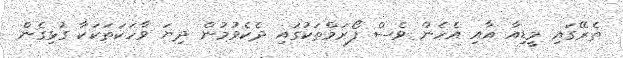
ތެރޭގައި މީޑިއާ އާއި އެހެން ވެސް ފޯރަމްތަކުގައި ދެކެވުމުން ދިޔަ ވާހަކަތަކަކާ ގުޅިގެން